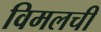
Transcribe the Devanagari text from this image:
विमलची